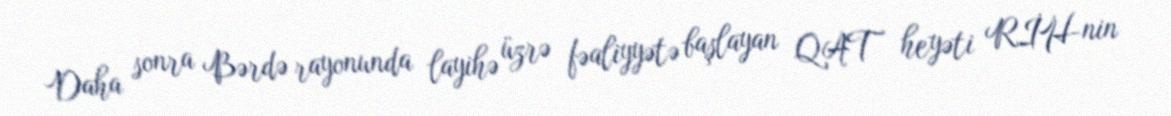
Daha sonra Bərdə rayonunda layihə üzrə fəaliyyətə başlayan QAT heyəti RİH-nin